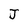
Character: J